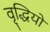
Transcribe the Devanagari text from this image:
वृद्धियो